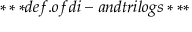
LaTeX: * * * d e f . o f d i - a n d t r i l o g s * * *